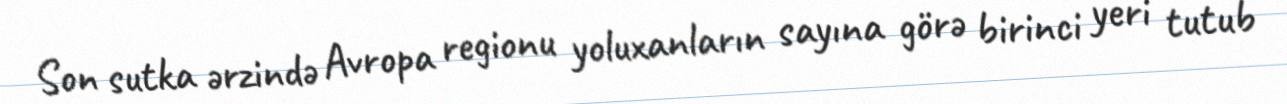
Son sutka ərzində Avropa regionu yoluxanların sayına görə birinci yeri tutub